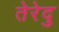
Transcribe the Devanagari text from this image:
तेरेदु